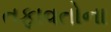
તફાવતોના